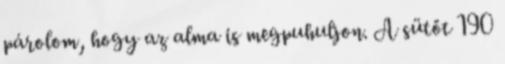
párolom, hogy az alma is megpuhuljon. A sütőt 190